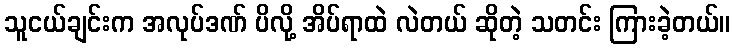
သူငယ်ချင်းက အလုပ်ဒဏ် ပိလို့ အိပ်ရာထဲ လဲတယ် ဆိုတဲ့ သတင်း ကြားခဲ့တယ်။